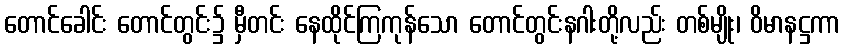
တောင်ခေါင်း တောင်တွင်း၌ မှီတင်း နေထိုင်ကြကုန်သော တောင်တွင်းနဂါးတို့လည်း တစ်မျိုး၊ ဝိမာနဋ္ဌကာ